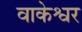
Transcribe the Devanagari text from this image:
वाकेश्वर